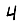
Digit: 4